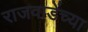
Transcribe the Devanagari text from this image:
राजवाडेंच्या